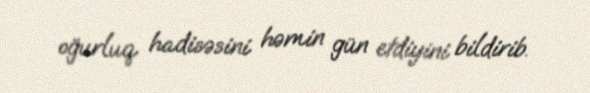
oğurluq hadisəsini həmin gün etdiyini bildirib.